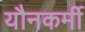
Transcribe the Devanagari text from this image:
यौनकर्मी